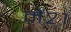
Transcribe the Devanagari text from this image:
में२१